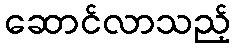
ဆောင်လာသည့်